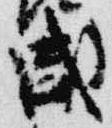
盛